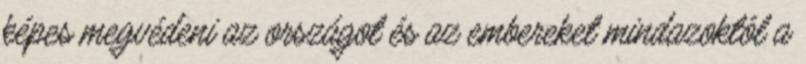
képes megvédeni az országot és az embereket mindazoktól a